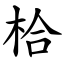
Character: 㭘